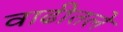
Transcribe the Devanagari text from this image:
वाढीतले